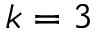
k = 3